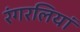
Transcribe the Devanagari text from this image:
रंगरलियां